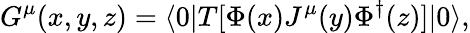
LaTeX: G^{\mu}(x,y,z)=\langle 0|T[\Phi(x)J^{\mu}(y)\Phi^{\dagger}(z)]|0\rangle,